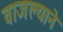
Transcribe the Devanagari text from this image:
वाजल्याने